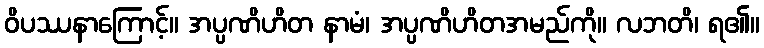
ဝိပဿနာကြောင့်။ အပ္ပဏိဟိတ နာမံ၊ အပ္ပဏိဟိတအမည်ကို။ လဘတိ၊ ရ၏။